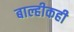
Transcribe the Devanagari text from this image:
बाल्हीकही